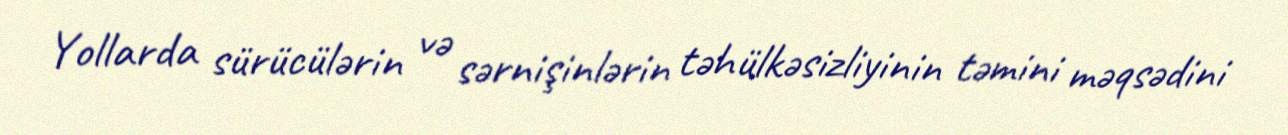
Yollarda sürücülərin və sərnişinlərin təhülkəsizliyinin təmini məqsədini